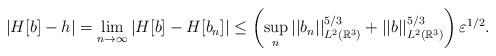
LaTeX: \begin{align*}|H[b]-h|=\lim_{n\to\infty}\left|H[b]-H[b_n] \right|\leq \left(\sup_{n }||b_n||^{5/3}_{L^{2}(\mathbb{R}^{3}) }+||b||^{5/3}_{L^{2}(\mathbb{R}^{3}) } \right)\varepsilon^{1/2}.\end{align*}